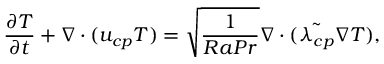
\frac { \partial T } { \partial t } + \boldsymbol { \nabla } \cdot ( \boldsymbol { u _ { c p } } T ) = \sqrt { \frac { 1 } { R a P r } } \boldsymbol { \nabla } \cdot ( { \tilde { \lambda _ { c p } } \boldsymbol { \nabla } T } ) ,